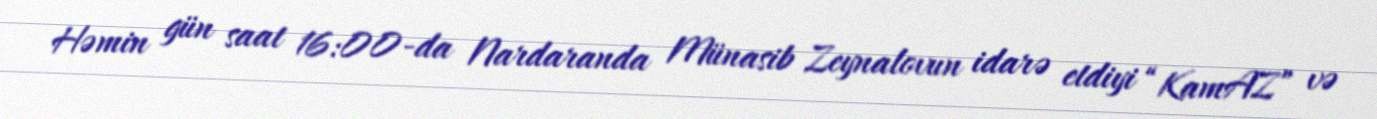
Həmin gün saat 16:00-da Nardaranda Münasib Zeynalovun idarə etdiyi “KamAZ” və